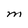
Character: M